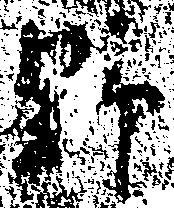
野